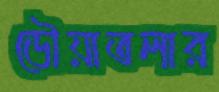
ডৌয়াতলার